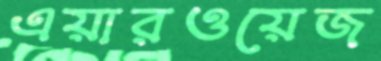
এয়ারওয়েজ